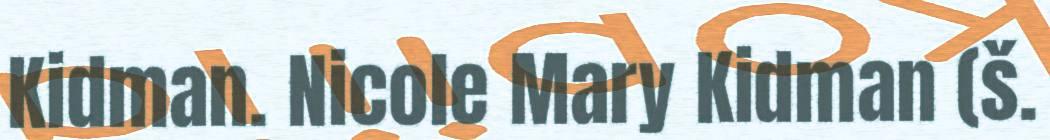
Kidman. Nicole Mary Kidman (š.